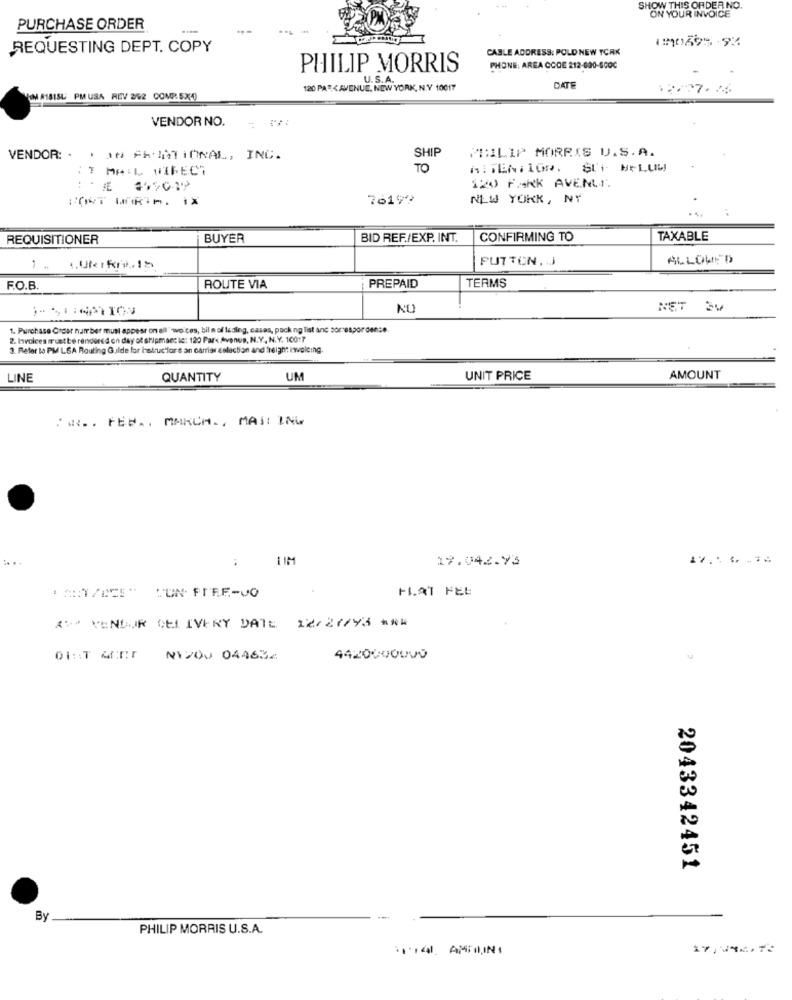
SHOW THIS ORDER NO.
ON YOUR INVOICE
PURCHASE ORDER
REQUESTING DEPT. COPY
CABLE ADDRESS: POLD NEW YORK
PHILIP MORRIS
PHONE: AREA CODE 212-620-6000
U.S.A.
120 PAT<AVENUE, NEW YORK, N.Y 10017
DATE
VOM #ISISL PM USA REV 292 COMP.5X(4)
VENDOR NO.
PHILIP MORRIS U.S.A.
VENDOR: . . IN ARATIONAL, INC.
SHIP
T MAIL WIFECT
TO
ATTENTION. SUT MELUW
120 FARK AVENUE.
7619?
NEW YORK, NY
REQUISITIONER
BUYER
BID REF./EXP. INT.
CONFIRMING TO
TAXABLE
PUTTON, J
ALLOWED
1 . 1.Uk:kıl
PREPAID
F.O.B.
ROUTE VIA
TERMS
NO
NET 34
1. Purchase Croar nar ber must appear on all" wo ces, bil n of lading, casas, pack ng list and sorespor dense.
2. Involves must be rendered on day of shipmanc ic: 120 Park Avenue, N.Y. N.Y. 10017
3. Refer to PM LSA Routing Guilde for haluc for's an carries selection and freight iwvoleing.
LINE
QUANTITY
UM
UNIT PRICE
AMOUNT
: w .. FEB ., MARCH ., MAJ: IN
19.942.73
+1.AT FEE
: MIT/2" CUN- FIRE-VO
*% VENDOR CEL IVERY DATE 22/27/73 ***
DIRT SERT NIVOU 044632
4420000000
2043342451
By
PHILIP MORRIS U.S.A.